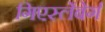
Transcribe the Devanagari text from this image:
गिएस्लेंबेर्ग